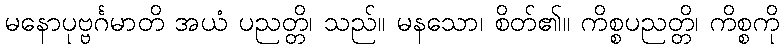
မနောပုဗ္ဗင်္ဂမာတိ အယံ ပညတ္တိ၊ သည်။ မနသော၊ စိတ်၏။ ကိစ္စပညတ္တိ၊ ကိစ္စကို